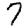
Digit: 7